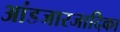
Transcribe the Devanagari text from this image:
आंडजारजादिका